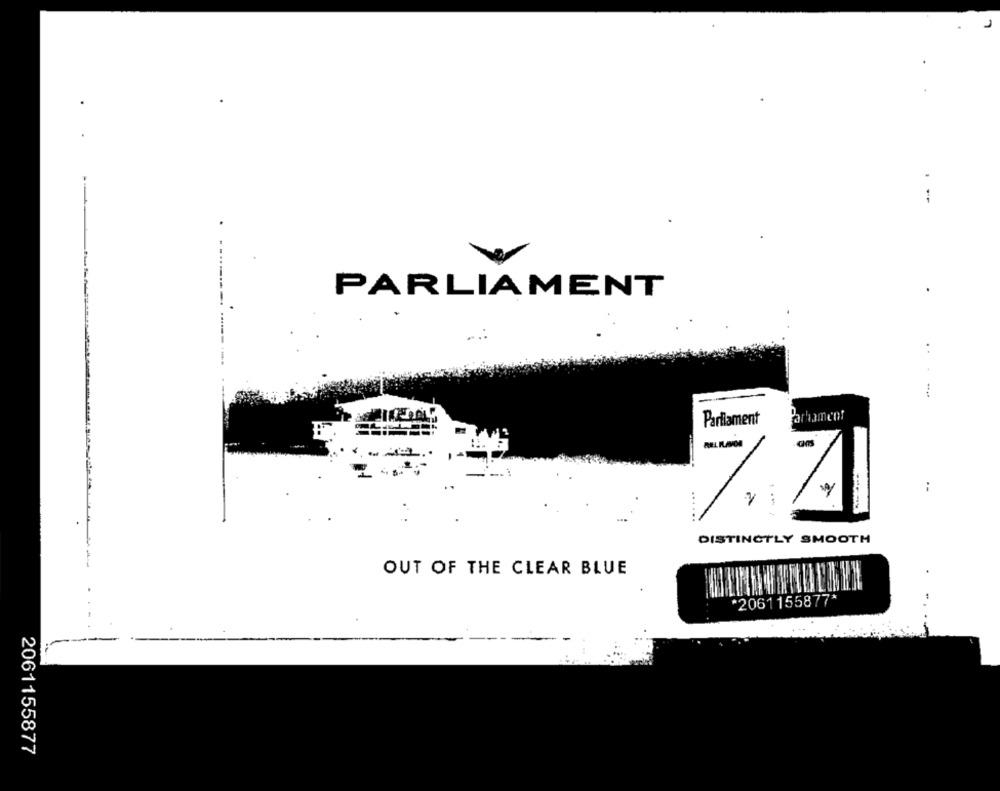
---
PARLIAMENT
. ..
Parhament
Parliament
y
DISTINCTLY SMOOTH
OUT OF THE CLEAR BLUE
*2061155877*
2061155877